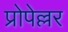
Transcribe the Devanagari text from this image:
प्रोपेल्लर